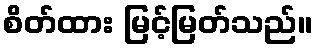
စိတ်ထား မြင့်မြတ်သည်။